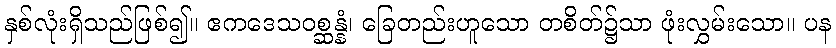
နှစ်လုံးရှိသည်ဖြစ်၍။ ဧကဒေသဝစ္ဆန္နံ၊ ခြေတည်းဟူသော တစိတ်၌သာ ဖုံးလွှမ်းသော။ ပန